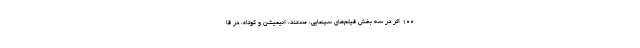
100 اثر در سه بخش فيلم‌های سينمايی، مستند، انيميشن و کوتاه، در قا